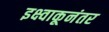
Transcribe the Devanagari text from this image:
इक्ष्वाकूनंतर